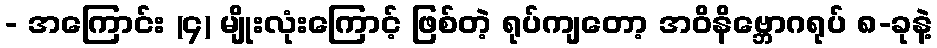
- အကြောင်း (၄) မျိုးလုံးကြောင့် ဖြစ်တဲ့ ရုပ်ကျတော့ အဝိနိဗ္ဘောဂရုပ် ၈-ခုနဲ့